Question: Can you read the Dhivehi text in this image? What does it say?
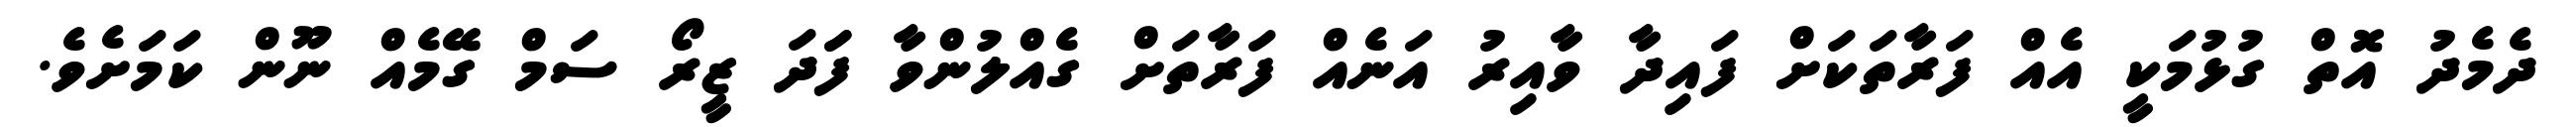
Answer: ދެމެދު އޮތް ގުޅުމަކީ އެއް ފަރާތަކަށް ފައިދާ ވާއިރު އަނެއް ފަރާތަށް ގެއްލުންވާ ފަަދަ ޒީރޯ ސަމް ގޭމެއް ނޫން ކަމަށެވެ.